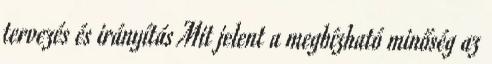
tervezés és irányítás Mit jelent a megbízható minőség az